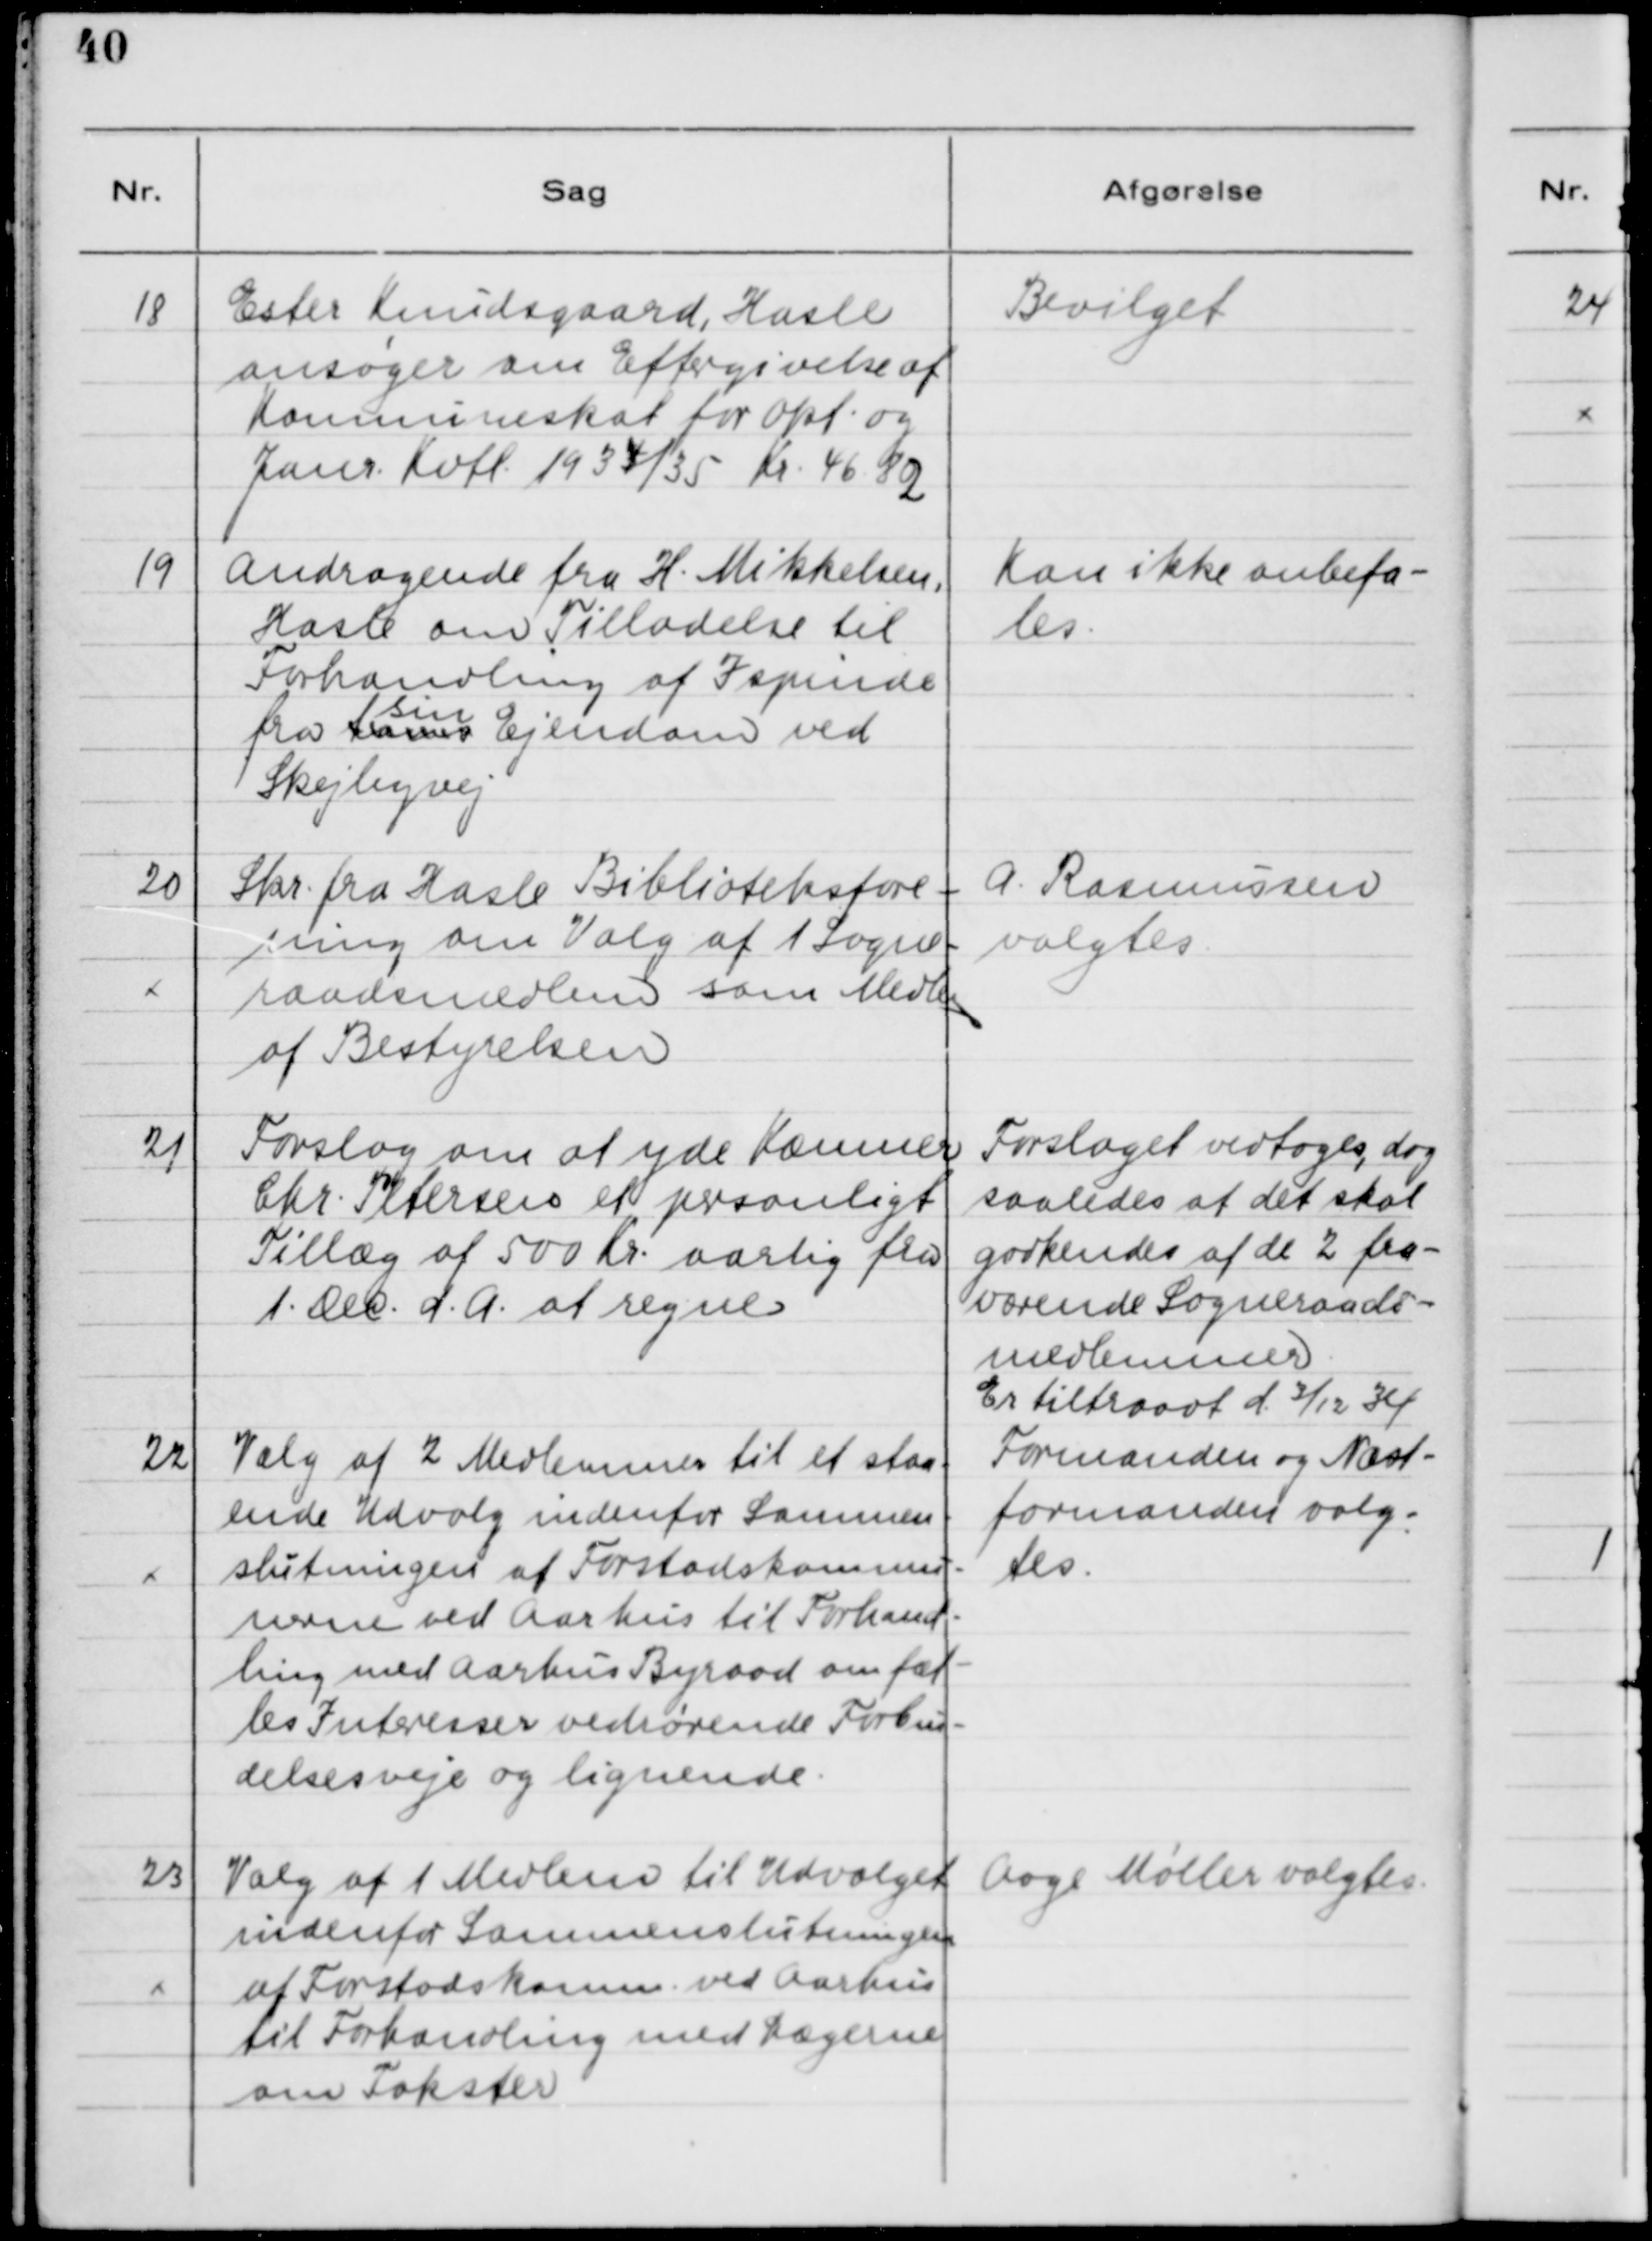
Transskription:
18

Ester Knudsgaard, Hasle
ansøger om Eftergivelse af
Kommuneskat for Okt. og
Janr. Kvtl. 1934/35 Kr. 46.82

Bevilget

19

Andragende fra H. Mikkelsen,
Hasle om Tilladelse til
Forhandling af Ispinde
fra hans sin Ejendom ved
sin
Skejbyvej

Kan ikke anbefa-
les

20

Skr. af Hasle Biblioteksfore-
ning om Valg af 1 Sogne-
raadsmedlem som Medlem
af Bestyrelsen

A. Rasmussen
valgtes

21

Forslag om at yde Kæmner
Chr. Petersen et personligt
Tillæg af 500 Kr. aarlig fra
1. Dec. d.A. at regne.

Forslaget vedtoges, dog
saaledes at det skal
godkendes af de 2 fra-
værende Sogneraads-
medlemmer.
Er tiltraadt d. 3/12 34

22

Valg af 2 Medlemmer til et staa-
ende Udvalg indenfor Sammen-
slutningen af Forstadskommu-
nerne ved Aarhus til Forhand-
ling med Aarhus Byraad om fæl-
les Interesser vedrørende Forbin-
delsesveje og lignende.

Formanden og Næst-
formanden valg-
tes.

23

Valg af 1 Medlem til Udvalget
indenfor Sammenslutningen
af Forstadskomm. ved Aarhus
til Forhandling med Lægerne
om Takster.

Aage Møller valgtes